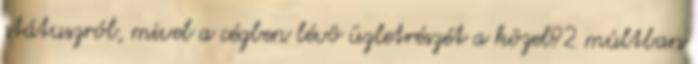
státuszról, mivel a cégben lévô üzletrészét a közel92 múltban